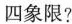
四象限?